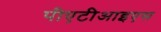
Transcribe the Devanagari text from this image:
पीएटीआइएस